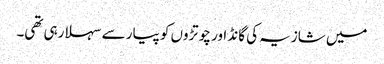
میں شازیہ کی گانڈ اور چوتڑوں کو پیار سے سہلا رہی تھی۔